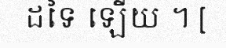
ដទៃ ឡើយ ។ [